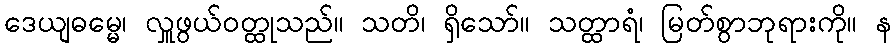
ဒေယျဓမ္မေ၊ လှူဖွယ်ဝတ္ထုသည်။ သတိ၊ ရှိသော်။ သတ္ထာရံ၊ မြတ်စွာဘုရားကို။ န